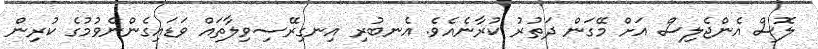
ލޮސް އެންޖެލިސް އަށް މޭގަން ދަތުރު ކުރާނެއެވެ. އެނބުރި އިނގިރޭސިވިލާތައް ވަޑައިގެންނެވުމުގެ ކުރިން